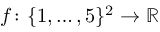
f \colon \{ 1 , \ldots , 5 \} ^ { 2 } \to \mathbb { R }